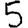
Digit: 5